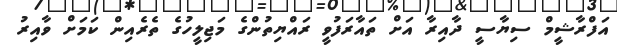
އަފްރާޝީމް ސިޔާސީ ދާއިރާ އަށް ތައާރަފުވީ ރައްޔިތުންގެ މަޖިލީހުގެ ތެރެއިން ކަމަށް ވާއިރު